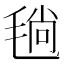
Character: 𣮜